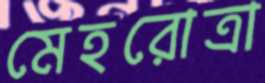
মেহরোত্রা